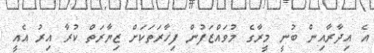
އެ އިދާރާއިން ބުނީ މީރާގެ މުވައްޒަފުން ފިހާރަތަކަށް ޒިޔާރަތް ކުރާ އިރު އެއީ